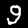
Label: 9